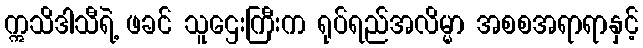
ဣသိဒါသီရဲ့ ဖခင် သူဌေးကြီးက ရုပ်ရည်အလိမ္မာ အစစအရာရာနှင့်